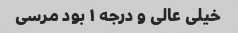
خیلی عالی و درجه ۱ بود مرسی